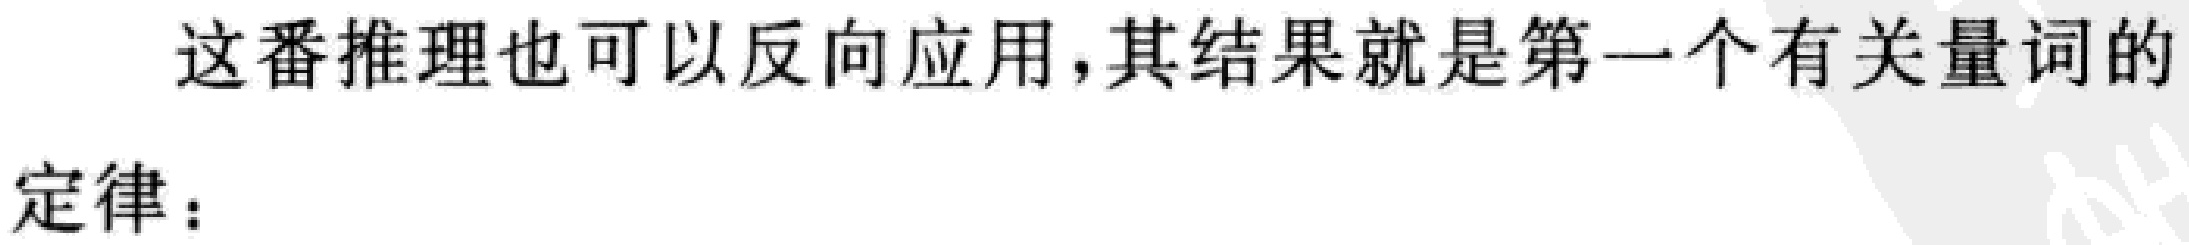
这番推理也可以反向应用，其结果就是第一个有关量词的
定律：